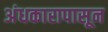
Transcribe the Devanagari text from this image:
अंधकारापासून